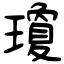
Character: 瓊